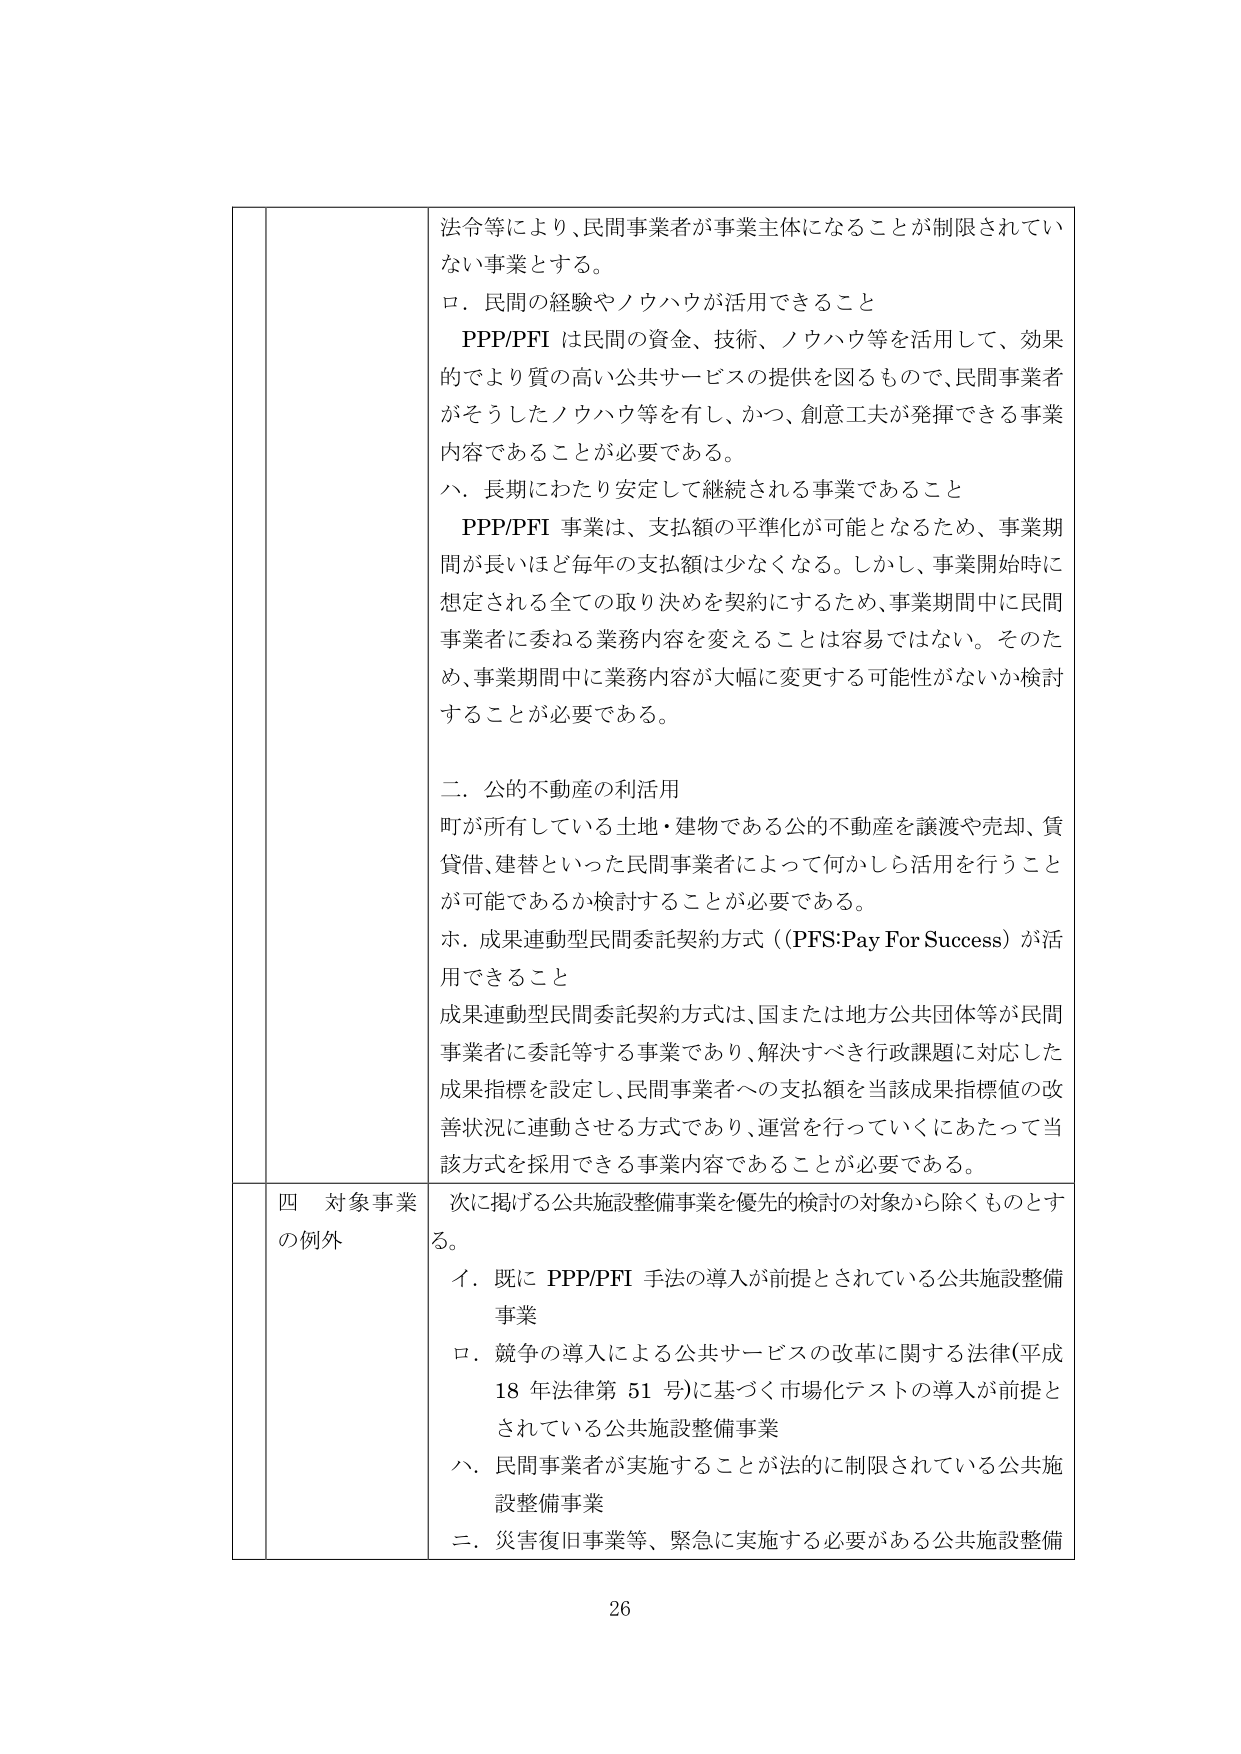
法令等により、民間事業者が事業主体になることが制限されていない事業とする。

ロ．民間の経験やノウハウが活用できること

　PPP/PFI は民間の資金、技術、ノウハウ等を活用して、効果的でより質の高い公共サービスの提供を図るもので、民間事業者がそうしたノウハウ等を有し、かつ、創意工夫が発揮できる事業内容であることが必要である。

ハ．長期にわたり安定して継続される事業であること

　PPP/PFI 事業は、支払額の平準化が可能となるため、事業期間が長いほど毎年の支払額は少なくなる。しかし、事業開始時に想定される全ての取り決めを契約にするため、事業期間中に民間事業者に委ねる業務内容を変えることは容易ではない。そのため、事業期間中に業務内容が大幅に変更する可能性がないか検討することが必要である。

二．公的不動産の利活用

町が所有している土地・建物である公的不動産を譲渡や売却、賃貸借、建替といった民間事業者によって何かしら活用を行うことが可能であるか検討することが必要である。

ホ．成果連動型民間委託契約方式（PFS:Pay For Success）が活用できること

成果連動型民間委託契約方式は、国または地方公共団体等が民間事業者に委託等する事業であり、解決すべき行政課題に対応した成果指標を設定し、民間事業者への支払額を当該成果指標値の改善状況に連動させる方式であり、運営を行っていくにあたって当該方式を採用できる事業内容であることが必要である。

四　対象事業の例外

次に掲げる公共施設整備事業を優先的検討の対象から除くものとする。

イ．既に PPP/PFI 手法の導入が前提とされている公共施設整備事業

ロ．競争の導入による公共サービスの改革に関する法律（平成18年法律第51号）に基づく市場化テストの導入が前提とされている公共施設整備事業

ハ．民間事業者が実施することが法的に制限されている公共施設整備事業

ニ．災害復旧事業等、緊急に実施する必要がある公共施設整備

26